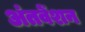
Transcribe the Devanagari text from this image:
अंतवेंशन